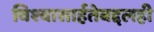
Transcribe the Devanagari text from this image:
विश्‍वासार्हतेबद्दलही